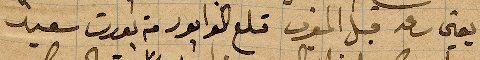
يعني ساعة قبل المغرب قلع الوابور من بورت سعيد